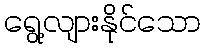
ရွေ့လျားနိုင်သော